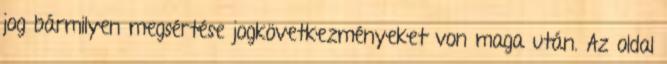
jog bármilyen megsértése jogkövetkezményeket von maga után. Az oldal